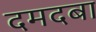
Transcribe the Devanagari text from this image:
दमदबा